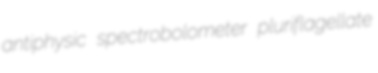
antiphysic spectrobolometer pluriflagellate